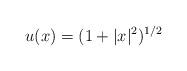
LaTeX: \begin{align*}u(x) = (1+|x|^2)^{1/2}\end{align*}